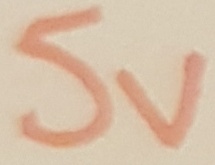
Text: 5V